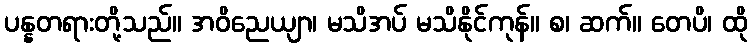
ပန္နတရားတို့သည်။ အဝိညေယျာ၊ မသိအပ် မသိနိုင်ကုန်။ စ၊ ဆက်။ တေပိ၊ ထို